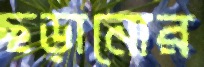
ছড়ানোর